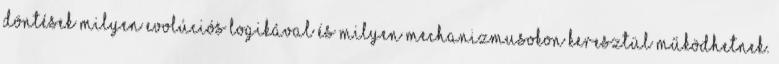
döntések milyen evolúciós logikával és milyen mechanizmusokon keresztül működhetnek.